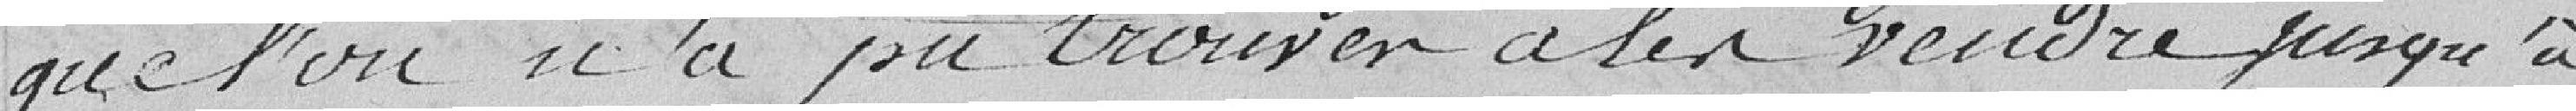
que l'on n'a pu trouver à la vendre jusqu'à